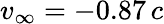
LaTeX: v_{\infty}=-0.87\, c